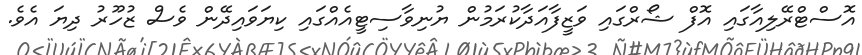
އޮސްޓްރޭލިއާގައި އޮފް ޝޯރްގައި ވަޒީފާއަދާކުރަމުން ޔުނިވާސިޓީއެއްގައި ކިޔަވައިދޭން ވެސް ޒުހޫރު ދިޔަ އެވެ.